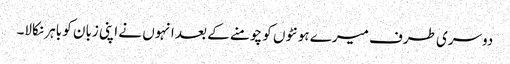
دوسری طرف میرے ہونٹوں کو چومنے کے بعد انہوں نے اپنی زبان کو باہر نکالا۔